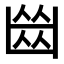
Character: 𠚕